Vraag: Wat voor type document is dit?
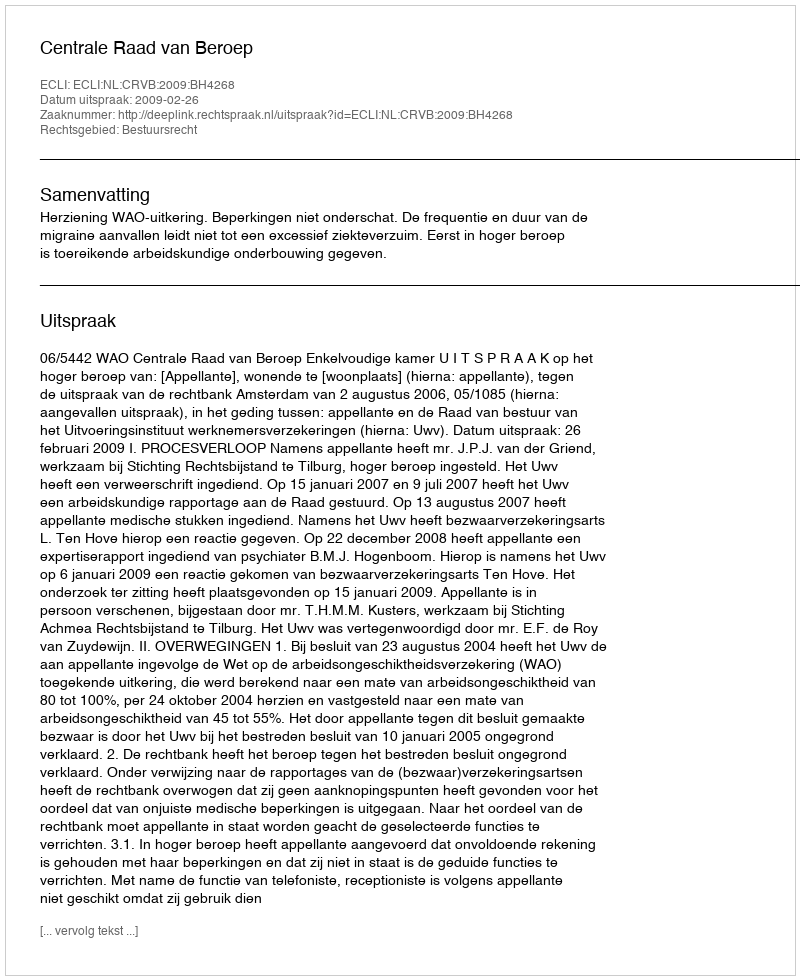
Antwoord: Uitspraak